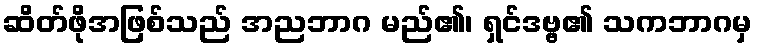
ဆိတ်ဖိုအဖြစ်သည် အညဘာဂ မည်၏၊ ရှင်ဒဗ္ဗ၏ သကဘာဂမှ